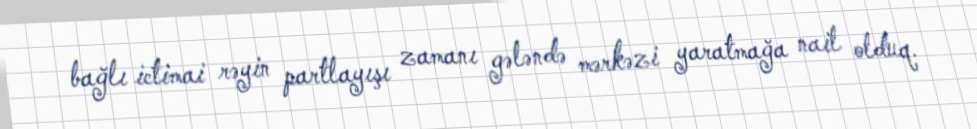
bağlı ictimai rəyin partlayışı zamanı gələndə mərkəzi yaratmağa nail olduq.